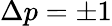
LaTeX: \Delta p=\pm 1